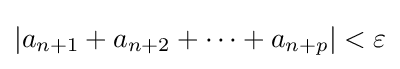
|a_{n+1}+a_{n+2}+\cdots +a_{n+p}|<\varepsilon